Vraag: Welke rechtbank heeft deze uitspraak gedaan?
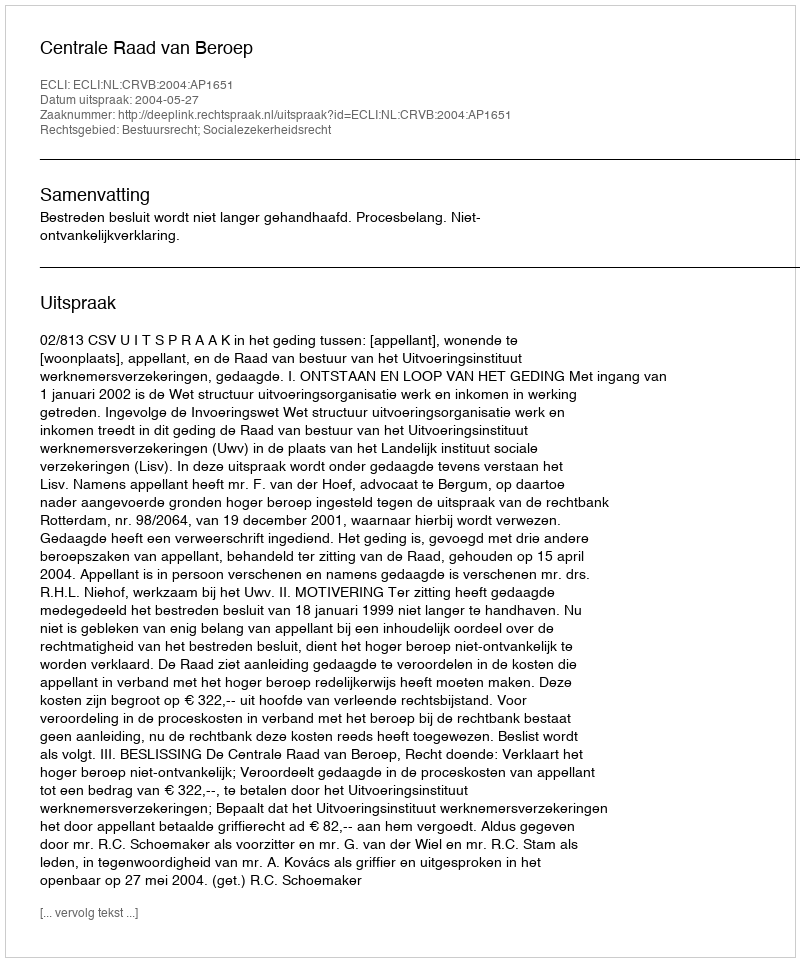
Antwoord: Centrale Raad van Beroep